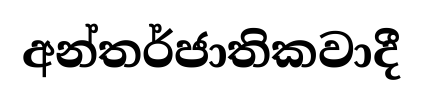
අන්තර්ජාතිකවාදී